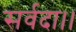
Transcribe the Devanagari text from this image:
सर्वदा।।